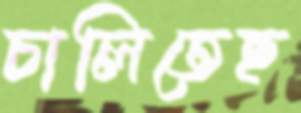
চালিতেছ